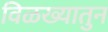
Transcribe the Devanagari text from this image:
विळख्यातुन